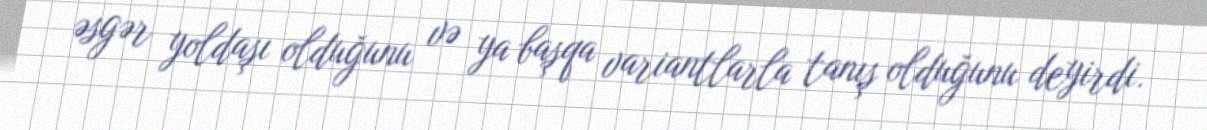
əsgər yoldaşı olduğunu və ya başqa variantlarla tanış olduğunu deyirdi.